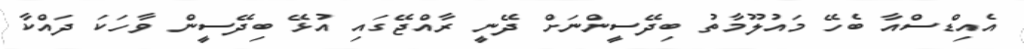
އެއިޑްސްއާ ބެހޭ މައުލޫމާތު ބިދޭސީންނަށް ދޭނީ ރާއްޖޭގައި އުޅޭ ބިދޭސީން ވާހަކަ ދައްކާ